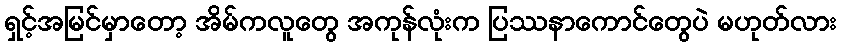
ရှင့်အမြင်မှာတော့ အိမ်ကလူတွေ အကုန်လုံးက ပြဿနာကောင်တွေပဲ မဟုတ်လား